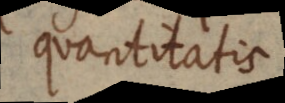
quantitatis